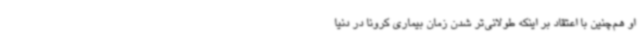
او هم‌چنین با اعتقاد بر اینکه طولانی‌تر شدن زمان بیماری کرونا در دنیا